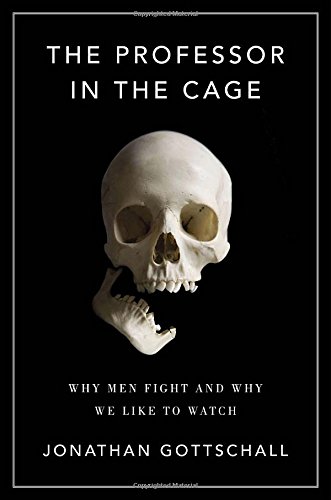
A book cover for The Professor in the Cage: Why Men Fight and Why We Like to Watch; Jonathan Gottschall; Biographies & Memoirs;